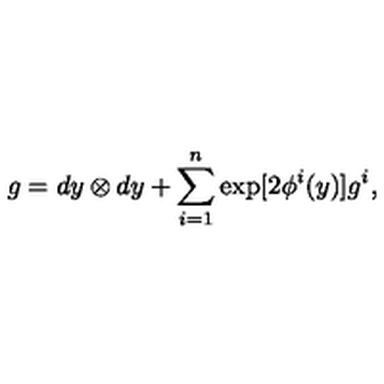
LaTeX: g = d y \otimes d y + \sum _ { i = 1 } ^ { n } \exp [ 2 { \phi ^ { i } } ( y ) ] g ^ { i } ,